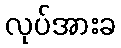
လုပ်အားခ